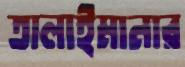
তালাইমানার